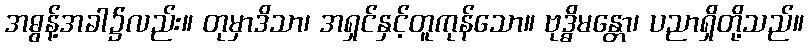
အဓွန့်အခါ၌လည်း။ တုမှာဒိသာ၊ အရှင်နှင့်တူကုန်သော။ ဗုဒ္ဓိမန္တော၊ ပညာရှိတို့သည်။